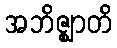
အဘိဇ္ဈာတိ